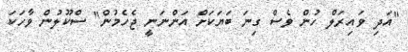
"އަދި ވައިރަލް ހުން ވެސް ގިނަ ބަޔަކަށް އަންނަނީ ޖެހެމުން" ސްކޫލުން ވާހަކަ